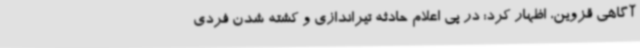
آگاهی قزوین، اظهار کرد: در پی اعلام حادثه تیراندازی و کشته شدن فردی